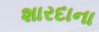
શારદાના